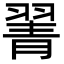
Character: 𦑖